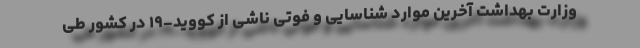
وزارت بهداشت آخرین موارد شناسایی و فوتی ناشی از کووید-۱۹ در کشور طی